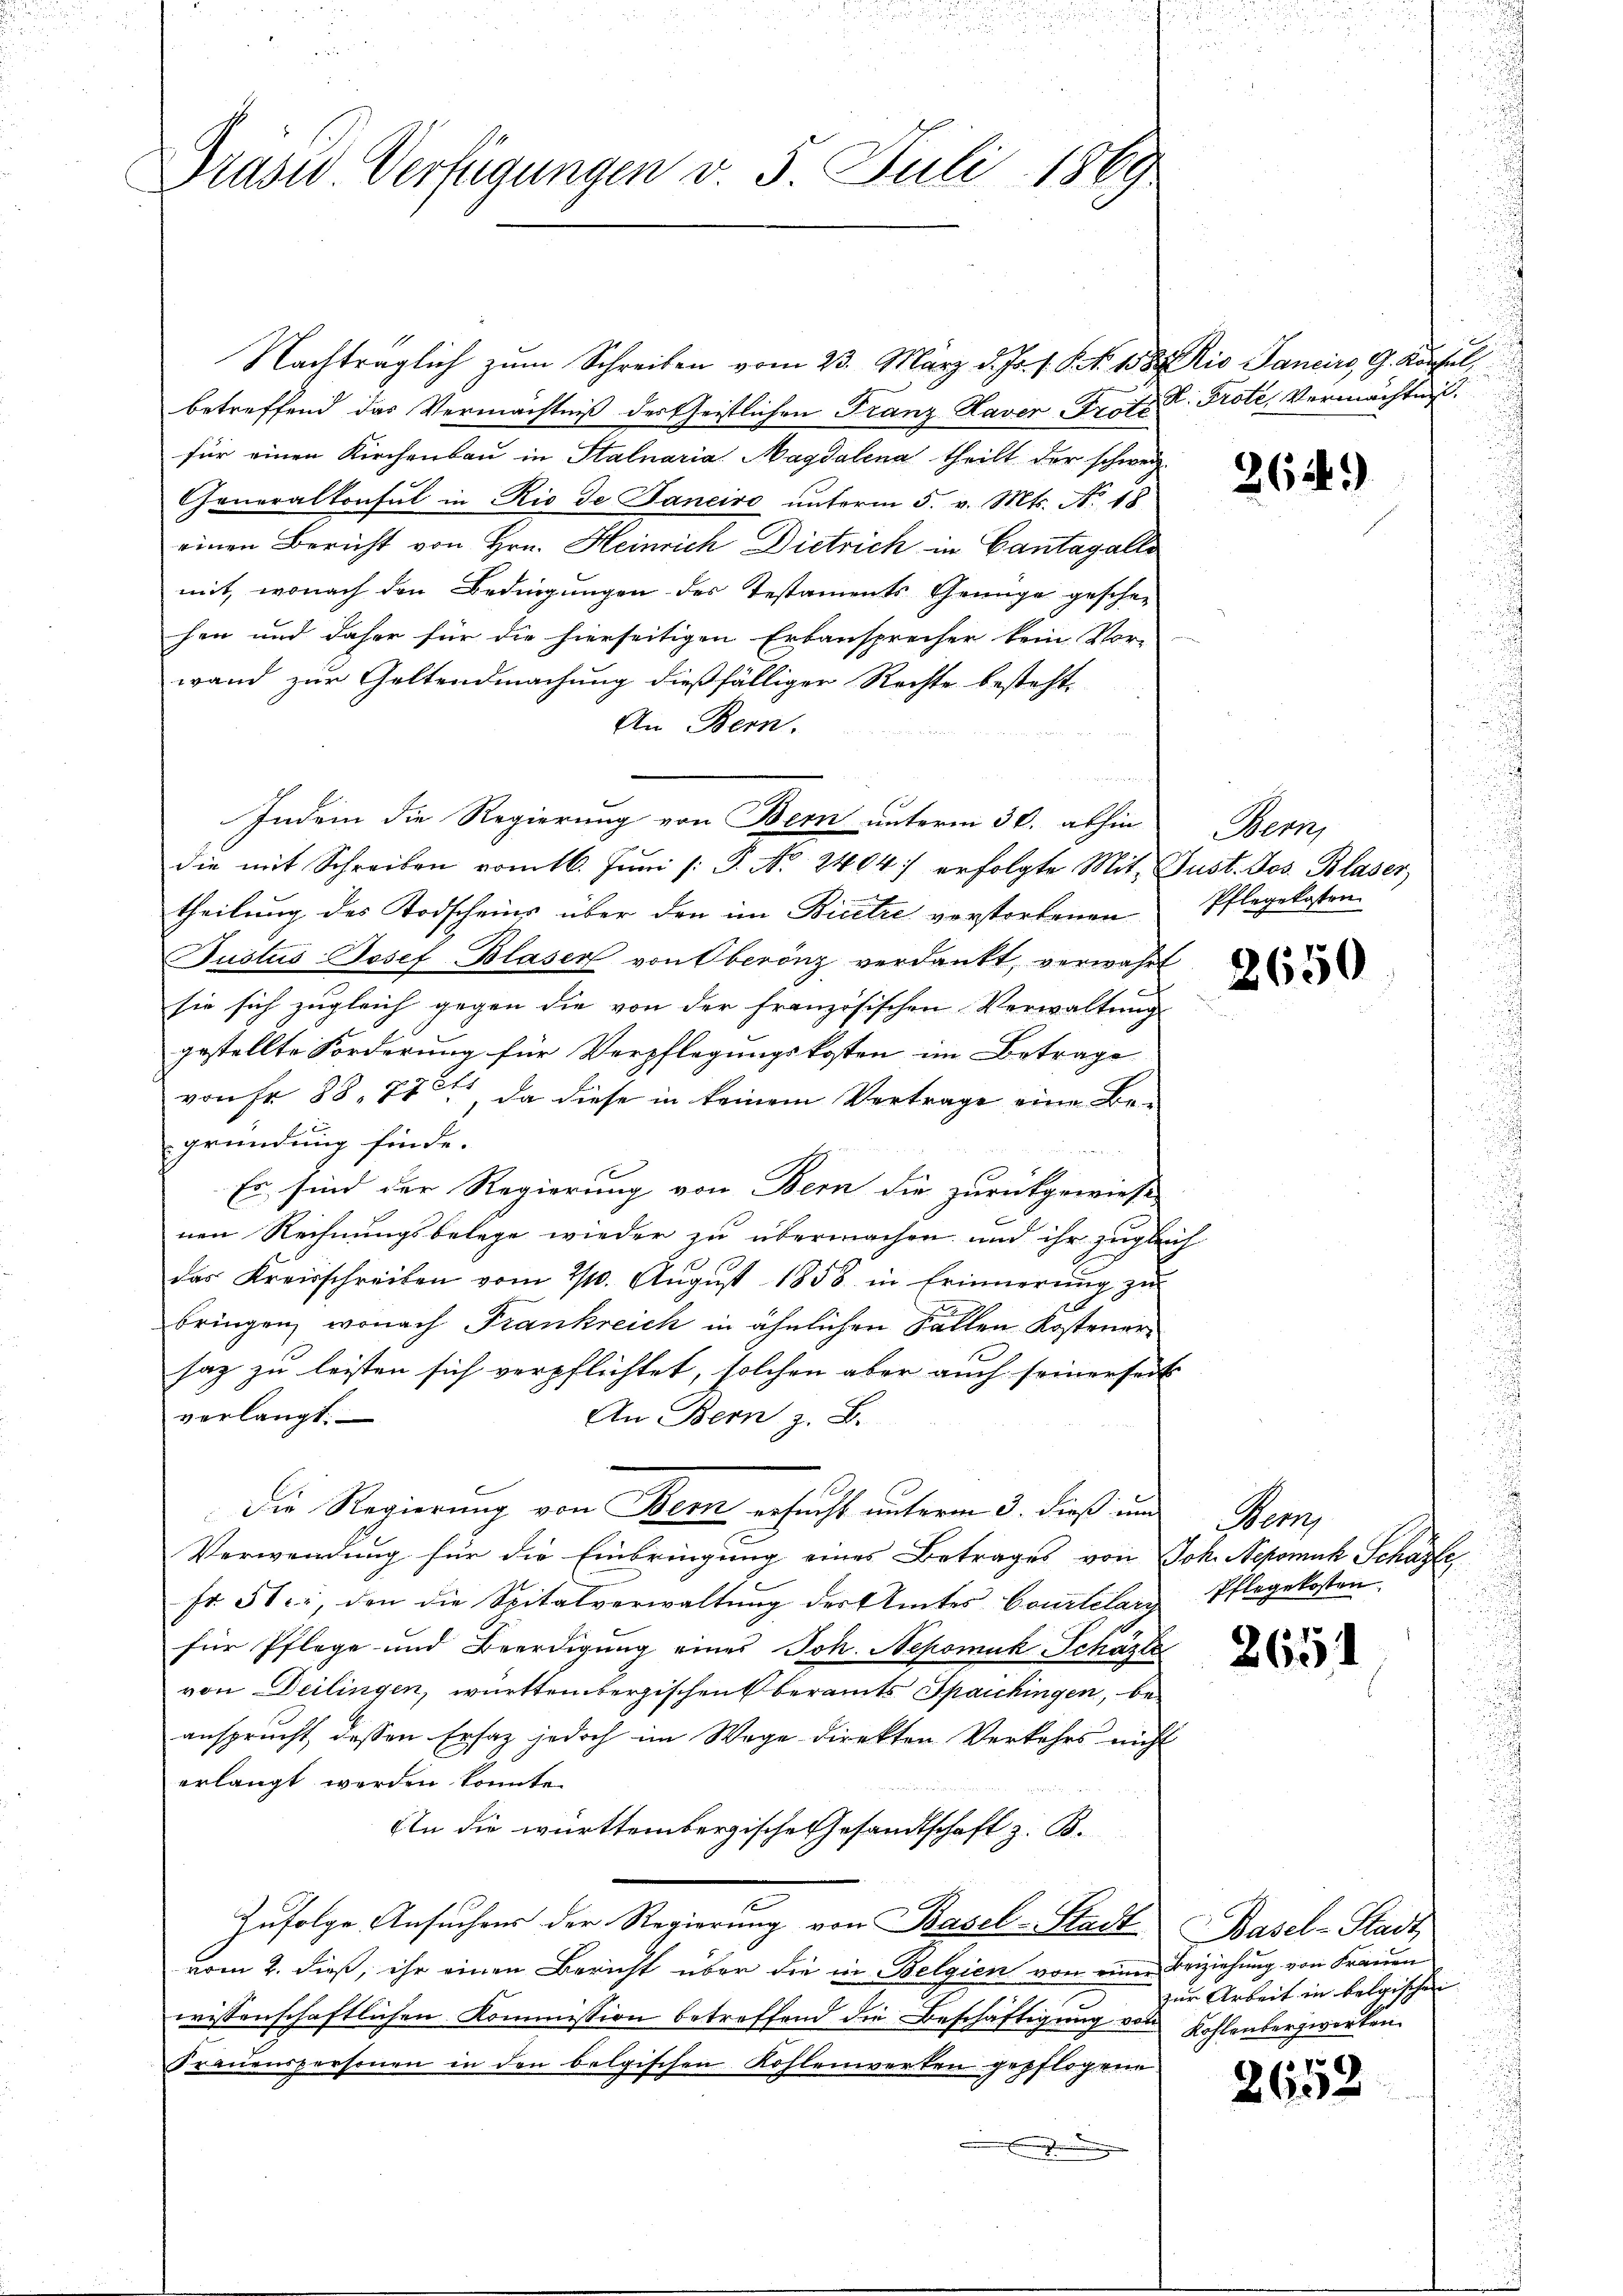
Drase Verfügungen v. 5. Juli 1869

Nachträglich zum Schreiben vom 23. März d. Js. s. S. Nr. 158 io Sancirs, G. Konsul,
betreffend das Vermächtniß der Geistlichen Franz Haver Proto
für einen Kirchenbau in Stalnaria Magdalena theilt der schweiz
Generalkonsul in Rio de Janeiro unterm 5. v. Mts. No. 18
einen Bericht von Hrn. Heinrich Dietrich in Cantagalle
mit, wonach den Bedingungen des Testaments Genüge geschen
hen und daher für die hierseitigen Erbansprecher kein Vor-
wand zur Geltendmachung dießfälliger Rechte besteht.
An Bern.
die mit Schreiben vom 16. Juni /: P. Nr. 24047 erfolgte Mit- Just. Jos. Blaser,
theilung des Todscheins über den im Bicetii verstorbenen Pflegekosten
Justus Josef Blaser von Oberönz verdankt, verwahrt
sie sich zugleich gegen die von der französischen Verwaltung
gestellte Forderung für Verpflegungskosten im Betrage
von Fr. 88, 71, da diese in keinem Vertrage eine Begründung finde.

Er sind der Regierung von Bern die zurückgewiese
nen Rechnungsbelege wieder zu übermachen und ihr zugleich
das Kreisschreiben vom 2/10. Aŭgŭst 1858 in Erinnerŭng zŭ
bringen, wonach Frankreich in ähnlichen Fallen Kostenersaz zu leisten sich verpflichtet, solchen aber auch seinerseit
verlangt.
An Bern z. B.
Die Regierung von Bern ersucht unterm 3. dieß und
Verwendung für die Einbringung eines Betrages von Joh. Nepomuk Schafte
fr. 51, den die Spitalverwaltŭng der Amtes Courtelary Pflegekosten
für Pflege und Beerdigung eines Joh. Nepomuk Schärte
von Deilingen, württembergischen beramts Spanhingen, beansprucht, dessen Ersatz jedoch im Wage direkten Verkehrs nicht
erlangt werden könnte.
An die württembergische Gesandtschaft z. B.
r
Zufolge Ansuchens der Regierung von Basel-Stadt Basel-Stadt
vom 2. dieß, ihr einen Bericht über die in Belgien von einer Beiziehung von Frauen
2
wissenschaftlichen Kommission betreffend die Beschäftigung von Kohlenbergwerken
Frauenspersonen in den belgischen Kohlenwerken gepflogen
u

Indem die Regierung von Bern unterm 30. abhin Bern,

R. Protes Vermächtnis.

264)

2650

enz

2651

zur Arbeit in belgischen |

8
2652